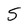
Character: 5